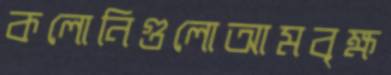
কলোনিগুলোআমবৃক্ষ